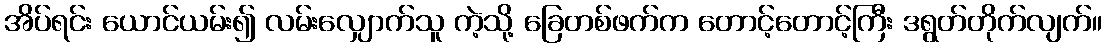
အိပ်ရင်း ယောင်ယမ်း၍ လမ်းလျှောက်သူ ကဲ့သို့ ခြေတစ်ဖက်က တောင့်တောင့်ကြီး ဒရွတ်တိုက်လျက်။